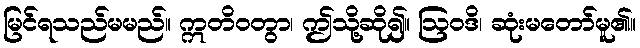
မြင်ရသည်မမည်။ ဣတိဝတွာ၊ ဤသို့ဆို၍။ ဩဝဒိ၊ ဆုံးမတော်မူ၏။